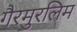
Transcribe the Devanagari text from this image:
गैरमुरलिम